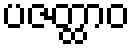
ပဇတ္ထာဝ